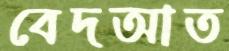
বেদআত